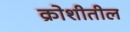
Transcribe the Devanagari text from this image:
क्रोशीतील